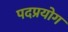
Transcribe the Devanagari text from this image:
पदप्रयोग